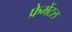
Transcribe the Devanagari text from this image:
फ्रेमेंटल